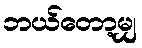
ဘယ်တော့မျှ